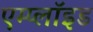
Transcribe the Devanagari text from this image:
एम्प्लॉइड